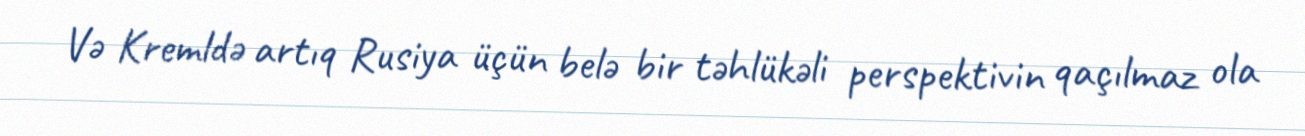
Və Kremldə artıq Rusiya üçün belə bir təhlükəli perspektivin qaçılmaz ola